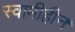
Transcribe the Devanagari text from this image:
स्वामीहीन